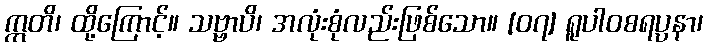
ဣတိ၊ ထို့ကြောင့်။ သဗ္ဗာပိ၊ အလုံးစုံလည်းဖြစ်သော။ [၀၇] ရူပါဝစရပ္ပနာ၊